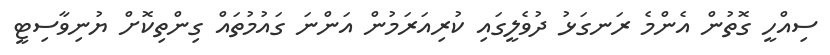
ސިއްހީ ގޮތުން އެންމެ ރަނގަޅު ދުވެލީގައި ކުރިއަރަމުން އަންނަ ގައުމުތައް ގިންތިކޮށް ޔުނިވާސިޓީ